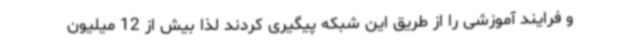
و فرایند آموزشی را از طریق این شبکه پیگیری کردند لذا بیش از 12 میلیون